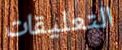
التعليقات